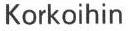
Korkoihin